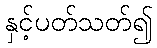
နှင့်ပတ်သတ်၍